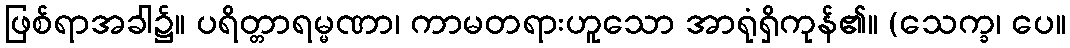
ဖြစ်ရာအခါ၌။ ပရိတ္တာရမ္မဏာ၊ ကာမတရားဟူသော အာရုံရှိကုန်၏။ (သေက္ခ၊ ပေ။